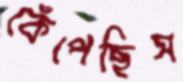
কেঁপেছিস